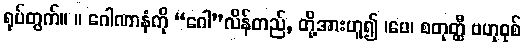
ရုပ်တွက်။ ။ ဂေါဏာနံကို “ဂေါ”လိန်တည်, တို့အားဟူ၍ ၊ပေ၊ စတုတ္ထီ ဗဟုဝုစ်